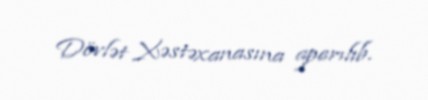
Dövlət Xəstəxanasına aparılıb.